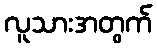
လူသားအတွက်